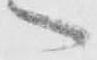
へ